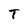
Character: T